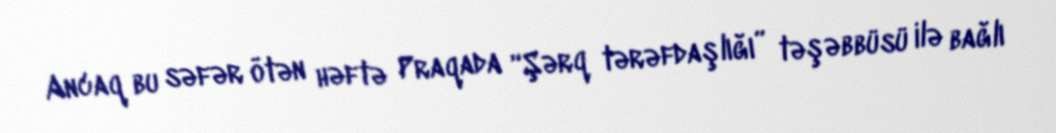
Ancaq bu səfər ötən həftə Praqada “Şərq tərəfdaşlığı” təşəbbüsü ilə bağlı